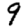
Digit: 9